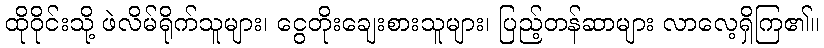
ထိုဝိုင်းသို့ ဖဲလိမ်ရိုက်သူများ၊ ငွေတိုးချေးစားသူများ၊ ပြည့်တန်ဆာများ လာလေ့ရှိကြ၏။